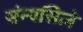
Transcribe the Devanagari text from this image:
संन्यसिले